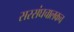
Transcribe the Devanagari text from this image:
सरसंघचालकच